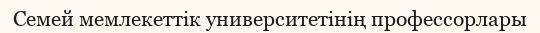
Семей мемлекеттік университетінің профессорлары